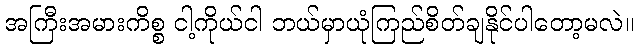
အကြီးအမားကိစ္စ ငါ့ကိုယ်ငါ ဘယ်မှာယုံကြည်စိတ်ချနိုင်ပါတော့မလဲ။